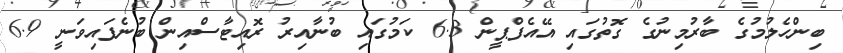
ބިންހެލުމުގެ ބާރުމިނުގެ ގޮތުގައި އޭއެފްޕީން 6.3 ކަމުގައި ބުނާއިރު ރޮއިޓާސްއިން ބުނެފައިވަނީ 6.9